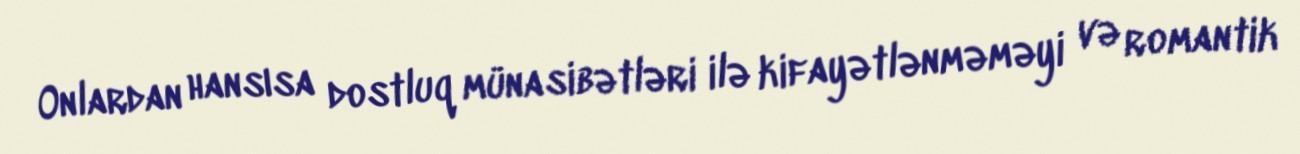
Onlardan hansısa dostluq münasibətləri ilə kifayətlənməməyi və romantik